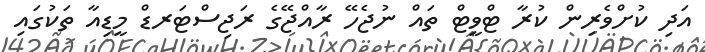
އަދި ކުށްވެރިން ކުރާ ޓްވީޓް ތައް ނުޖެހޭ ރާއްޖޭގެ ރަޖިސްޓަރޑް މީޑިއާ ތަކުގައި